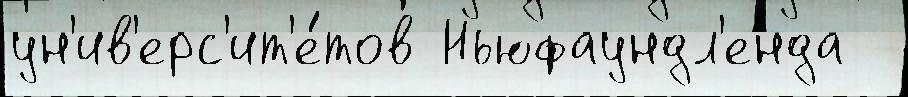
ун'ив'ерс'ит'е́тов Ньюфаундл'енда